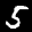
Label: 5